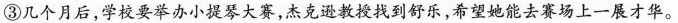
③几个月后，学校要举办小提琴大赛，杰克逊教到舒乐，希望她能去赛场上一展才华。